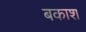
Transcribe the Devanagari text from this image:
बकाश